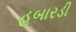
હબારડી